Annual administration report of the Civil Veterinary Department of India - 1908-1909
Year: 1908
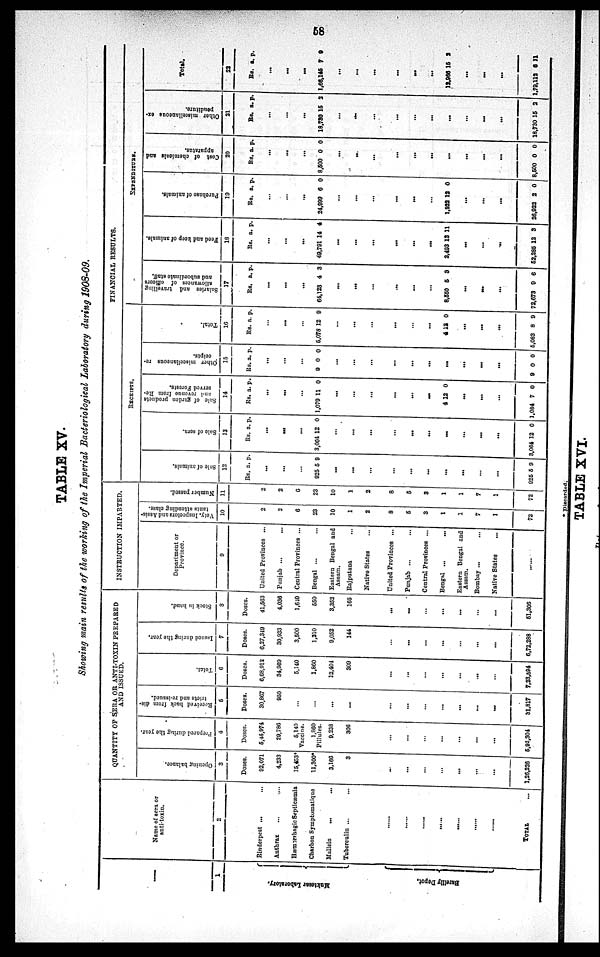
58
TABLE XV.
Showing main results of the working of the Imperial Bacteriological Laboratory during 1908-09.
—
1
Muktesar Laboratory.
Bareilly Depot.
Name of sera or
anti-toxin.
2
Rinderpest
...
...
Anthrax ... ...
Hæmorrhagie Septicæmia
Charbon Symptomatique
Malleln ... ...
Tuberculin ... ...
......
......
TOTAL ...
QUANTITY OF SERA OR ANTI-TOXIN PREPARED
AND ISSUED.
Opening balance.
3
Doses.
92,071
4,233
15,453*
11,300*
3,166
3
...
...
...
...
...
...
...
1,26,226
Prepared during the year.
4
Doses.
5,45,974
29,786
5,140
Vaccine.
1,860
Pillules.
9,238
306
...
...
...
...
...
...
...
5,92,304
Received back from dis¬
tricts and re-issued.
5
Doses.
30,867
950
...
...
...
...
...
...
...
...
...
...
...
31,817
Total.
6
Doses.
6,68,912
34,909
5,140
1,860
12,404
309
...
...
...
...
...
...
7,23,594
Issued during the year.
7
Doses.
6,27,349
30,933
3,500
1,310
9,052
144
...
...
...
...
...
...
6,72,288
Stock
in hand.
8
Doses.
41,563
4,036
1,640
550
3,352
165
...
...
...
...
...
...
51,306
INSTRUCTION IMPARTED.
Department or
Province.
9
United Provinces ...
Punjab ...
...
Central Provinces ...
Bengal ...
Eastern Bengal and
Assam.
Rajputana ...
Native States ...
United Provinces ...
Punjab ...
Central Provinces ...
Bengal ... ...
Eastern Bengal and
Assam.
Bombay ...
Native States ...
......
Vety.
Inspectors and Assis-
tants attending class.
10
2
2
6
23
10
1
2
8
5
3
1
1
7
1
72
Number passed.
11
2
2
6
23
10
1
2
8
5
3
1
1
7
1
72
FINANCIAL
RESULTS.
RECEIPTS.
Sale of
animals.
12
Rs.
925
925
a.
...
...
...
5
...
...
...
...
...
...
...
...
...
...
5
p.
9
9
Sal e of ser a.
13
Rs.
3,064
3,064
a.
...
...
...
12
12
p.
0
...
...
...
...
...
...
...
...
...
0
Sal e of garden products
and revenue f r om Re-
served For es t
s .
14
Rs.
1,079
4
1,084
a.
...
...
...
11
...
...
...
...
...
...
12
...
...
...
7
p.
0
0
0
Other miscellaneous re-
ceipts.
15
Rs.
9
9
a.
...
...
...
0
...
...
...
...
...
...
...
...
...
0
p.
0
0
Tot al .
16
Rs
6,07s
41
5,083
a.
...
...
...
12
...
...
...
...
...
...
3
...
...
...
8
p.
9
0
9
EXPENDITURE.
Sal ar i
es and travelling
allowances of officers
and subordinate staff.
17
Rs,
64,123
8,550
72,673
a.
...
...
...
4
...
...
...
...
...
...
5
...
...
...
9
p.
3
3
6
Feed and keep of animals.
18
Rs.
49,791
2,493
52,285
a.
...
...
...
14
...
...
...
...
...
...
13
...
...
...
12
p.
4
11
3
Pur c ha s e of animals.
19
Rs.
24,999
1,922
26,922
a.
...
...
...
6
...
...
...
...
...
...
12
...
...
...
2
p.
0
0
0
Cost of chemicals and
apparatus.
20
Rs.
8,500
8,500
a.
...
...
...
0
...
...
...
...
...
...
...
...
...
...
0
p.
0
0
Other miscellaneous ex-
-enditure.
21
Rs.
18,780
18,730
a.
...
...
...
16
...
...
...
...
...
...
...
...
...
...
15
p.
2
2
Total.
22
Rs.
1,66,145
12,966
1,79,112
a.
...
...
...
7
...
...
...
...
...
...
15
...
...
...
6
p.
9
2
11